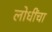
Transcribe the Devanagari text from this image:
लोधींचा